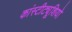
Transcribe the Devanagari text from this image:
कांस्टीट्यूशियो